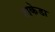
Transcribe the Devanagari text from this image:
टाकेडा